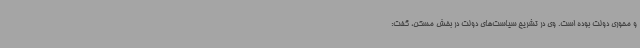
و محوری دولت بوده است. وی در تشریح سیاست‌های دولت در بخش مسکن، گفت: